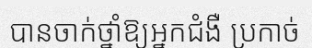
បានចាក់ថ្នាំឱ្យអ្នកជំងឺ ប្រកាច់